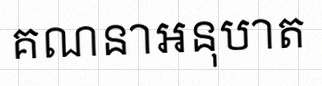
គណនាអនុបាត